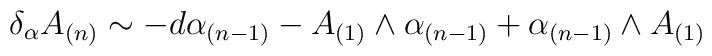
\delta_{\alpha} A_{(n)}  \sim  -d\alpha_{(n-1)} - A_{(1)} \wedge \alpha_{(n-1)}+ \alpha_{(n-1)} \wedge A_{(1)}